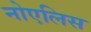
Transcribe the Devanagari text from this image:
नोएलिस